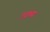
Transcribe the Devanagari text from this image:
उक्थ्य